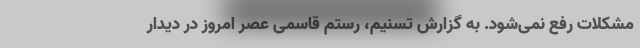
مشکلات رفع نمی‌شود. به گزارش تسنیم، رستم قاسمی عصر امروز در دیدار